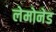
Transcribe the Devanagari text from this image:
लेमोनेड